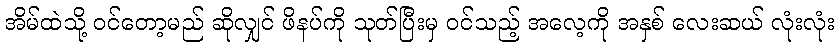
အိမ်ထဲသို့ ဝင်တော့မည် ဆိုလျှင် ဖိနပ်ကို သုတ်ပြီးမှ ဝင်သည့် အလေ့ကို အနှစ် လေးဆယ် လုံးလုံး